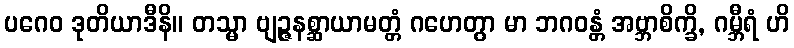
ပဂေဝ ဒုတိယာဒီနိ။ တသ္မာ ဗျဉ္ဇနစ္ဆာယာမတ္တံ ဂဟေတွာ မာ ဘဂဝန္တံ အဗ္ဘာစိက္ခိ, ဂမ္ဘီရံ ဟိ